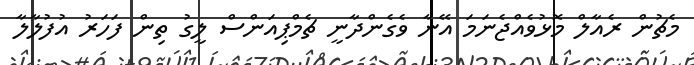
މެޗުން ރެއާލް މޮޅުވެއްޖެނަމަ އޭނާ ވެގެންދާނީ ޗެމްޕިއަންސް ލީގު ތިން ފަހަރު އުފުލާލާ